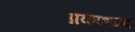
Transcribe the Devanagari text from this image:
प्रकाशप्रद